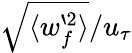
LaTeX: \sqrt{\langle w_{f}^{`2}\rangle}/u_{\tau}